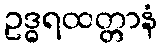
ဥဒ္ဓရထတ္တာနံ